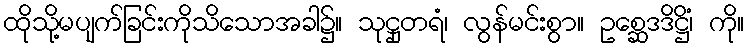
ထိုသို့မပျက်ခြင်းကိုသိသောအခါ၌။ သုဋ္ဌုတရံ၊ လွန်မင်းစွာ။ ဥစ္ဆေဒဒိဋ္ဌိံ၊ ကို။